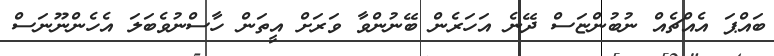
ބައްޕަ އެއްޗެއް ނުބުންޏަސް ދޭނެ އަހަރެން ބޭނުންވާ ވަރަށް އީތަން ހާސްނުވެބަލަ އެހެންނޫނަސް